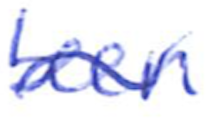
Text: been
Cross-out: wave
Writing tool: ballpoint